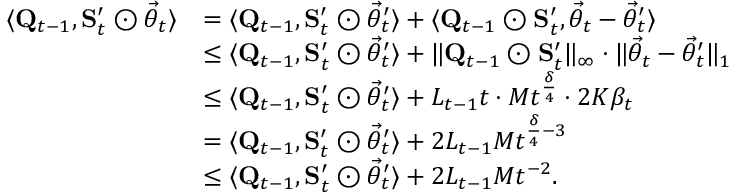
\begin{array} { r l } { \langle \mathbf Q _ { t - 1 } , \mathbf S _ { t } ^ { \prime } \odot \vec { \theta } _ { t } \rangle } & { = \langle \mathbf Q _ { t - 1 } , \mathbf S _ { t } ^ { \prime } \odot \vec { \theta } _ { t } ^ { \prime } \rangle + \langle \mathbf Q _ { t - 1 } \odot \mathbf S _ { t } ^ { \prime } , \vec { \theta } _ { t } - \vec { \theta } _ { t } ^ { \prime } \rangle } \\ & { \le \langle \mathbf Q _ { t - 1 } , \mathbf S _ { t } ^ { \prime } \odot \vec { \theta } _ { t } ^ { \prime } \rangle + \lVert \mathbf Q _ { t - 1 } \odot \mathbf S _ { t } ^ { \prime } \rVert _ { \infty } \cdot \lVert \vec { \theta } _ { t } - \vec { \theta } _ { t } ^ { \prime } \rVert _ { 1 } } \\ & { \le \langle \mathbf Q _ { t - 1 } , \mathbf S _ { t } ^ { \prime } \odot \vec { \theta } _ { t } ^ { \prime } \rangle + L _ { t - 1 } t \cdot M t ^ { \frac \delta 4 } \cdot 2 K \beta _ { t } } \\ & { = \langle \mathbf Q _ { t - 1 } , \mathbf S _ { t } ^ { \prime } \odot \vec { \theta } _ { t } ^ { \prime } \rangle + 2 L _ { t - 1 } M t ^ { \frac \delta 4 - 3 } } \\ & { \le \langle \mathbf Q _ { t - 1 } , \mathbf S _ { t } ^ { \prime } \odot \vec { \theta } _ { t } ^ { \prime } \rangle + 2 L _ { t - 1 } M t ^ { - 2 } . } \end{array}